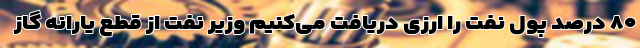
۸۰ درصد پول نفت را ارزی دریافت می‌کنیم وزیر نفت از قطع یارانه گاز